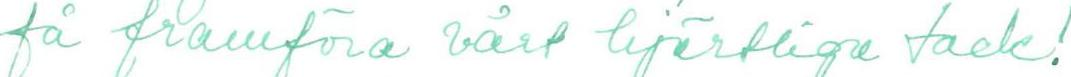
få framföra vårt hjärtliga tack!